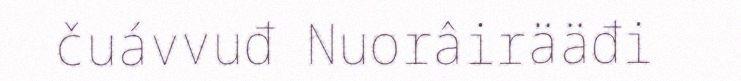
čuávvuđ Nuorâirääđi